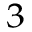
^ 3